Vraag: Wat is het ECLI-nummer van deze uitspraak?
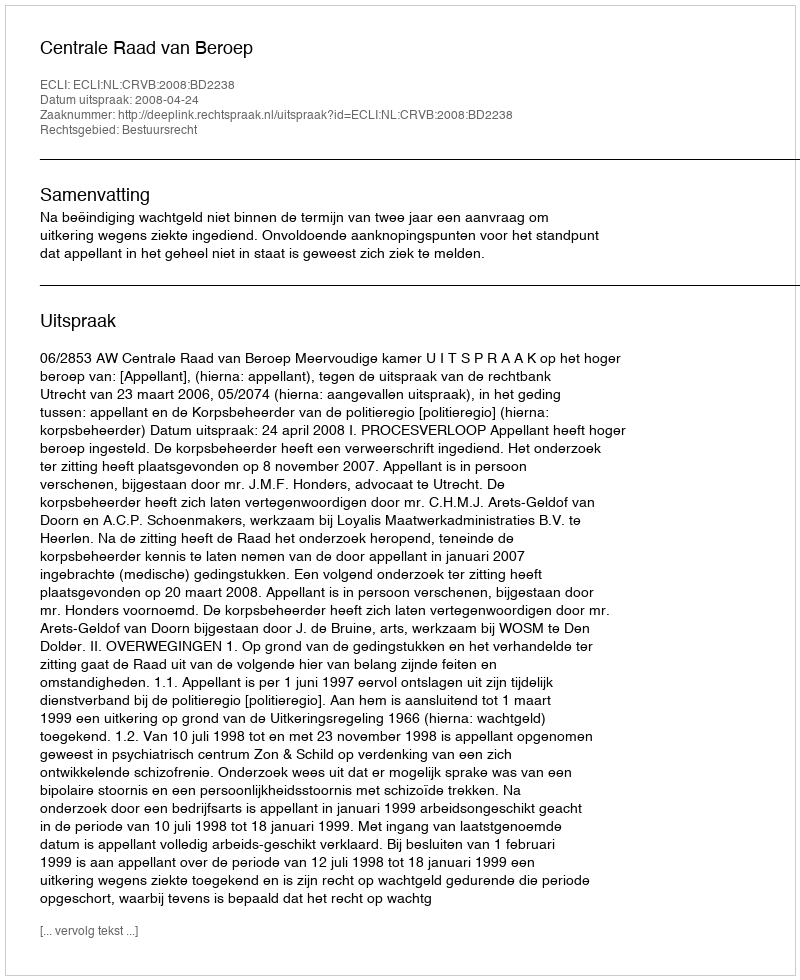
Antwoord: ECLI:NL:CRVB:2008:BD2238